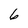
Character: 6